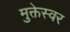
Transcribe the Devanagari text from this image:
मुक्तेस्वर